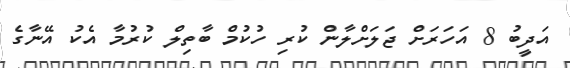
އަދީބު 8 އަހަރަށް ޖަލަށްލާން ކުރި ހުކުމް ބާތިލް ކުރުމާ އެކު އޭނާގެ